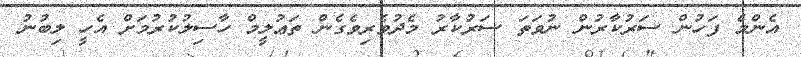
އެންމެ ފަހުން ސަރުކާރުން ނުވަތަ ސަރުކާރު މެދުވެރިވެގެން ތަޢުލީމް ހާސިލުކުރުމަށް އެހީ ލިބުނު